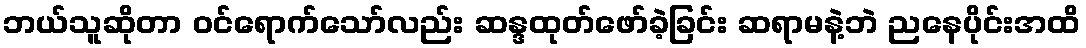
ဘယ်သူဆိုတာ ဝင်ရောက်သော်လည်း ဆန္ဒထုတ်ဖော်ခဲ့ခြင်း ဆရာမနဲ့ဘဲ ညနေပိုင်းအထိ